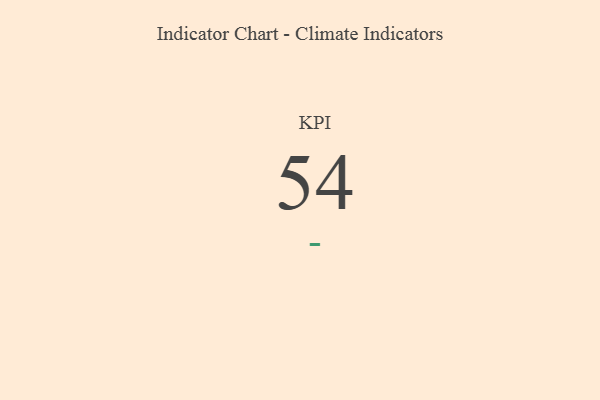
{"axis": {"x": "KPI", "y": "Value"}, "legend": [""], "data": [{"x": "KPI", "y": 54, "type": ""}]}